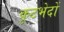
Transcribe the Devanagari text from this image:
कूटभेदों